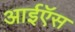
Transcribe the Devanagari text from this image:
आईऍस